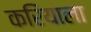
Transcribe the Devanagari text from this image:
करियाला